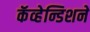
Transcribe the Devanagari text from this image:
कॅव्हेन्डिशने